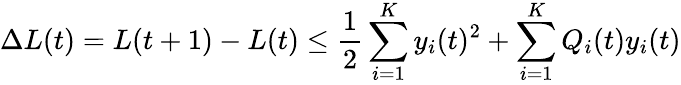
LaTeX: \Delta L(t)=L(t+1)-L(t)\leq{\frac{1}{2}}\sum_{i=1}^{K}y_{i}(t)^{2}+\sum_{i=1}^{K}Q_{i}(t)y_{i}(t)